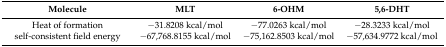
| Molecule | MLT | 6-OHM | 5,6-DHT |
 | --- | --- | --- | --- |
 | Heat of formation | −31.8208 kcal/mol | −77.0263 kcal/mol | −28.3233 kcal/mol |
 | self-consistent field energy | −67,768.8155 kcal/mol | −75,162.8503 kcal/mol | −57,634.9772 kcal/mol |